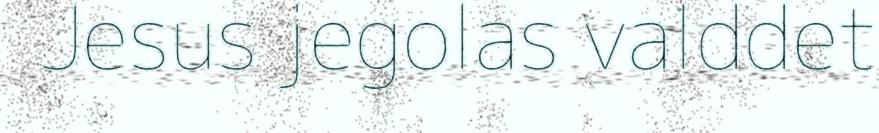
Jesus jegolas valddet